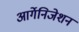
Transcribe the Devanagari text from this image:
आर्गेनिजेशन